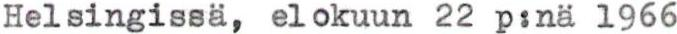
Helsingissä, elokuun 22 p:nä 1966